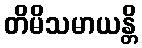
တိမိသမာယန္တိ